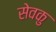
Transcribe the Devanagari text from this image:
सेवकु